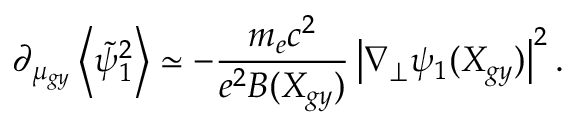
\partial _ { \mu _ { g y } } \left\langle \tilde { \psi } _ { 1 } ^ { 2 } \right\rangle \simeq - \frac { m _ { e } c ^ { 2 } } { e ^ { 2 } B ( X _ { g y } ) } \left| \nabla _ { \perp } \psi _ { 1 } ( X _ { g y } ) \right| ^ { 2 } .